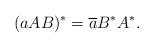
LaTeX: \begin{align*} (aAB)^\ast=\overline{a}B^\ast A^\ast.\end{align*}